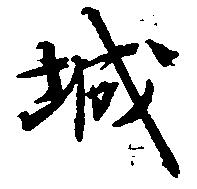
城